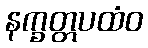
နက္ခတ္တပထံဝ